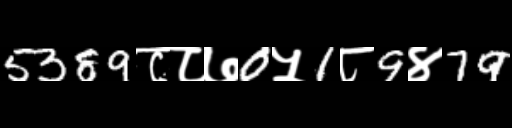
Text: 5389८८७0५1८9४79